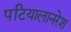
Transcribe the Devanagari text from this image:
पटियालानरेश